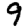
Digit: 9